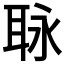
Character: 𦕟